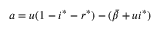
a = u ( 1 - i ^ { * } - r ^ { * } ) - ( \bar { \beta } + u i ^ { * } )